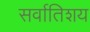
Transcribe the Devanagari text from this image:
सर्वातिशय